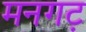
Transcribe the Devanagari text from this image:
मनगट़